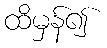
ထိမှန်၍